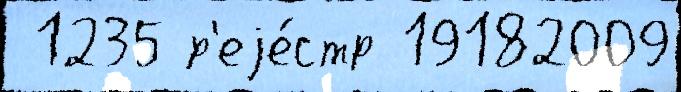
 1235 р'еjе́стр 19182009